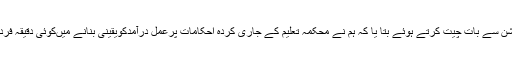
آل پاکستان پرائیویٹ سکولزمینجمٹ ایسوسی ایشن کے چیئرمین ملک شکیل احمدنے ای ڈی اوایجوکیشن سے بات چیت کرتے ہوئے بتا یا کہ ہم نے محکمہ تعلیم کے جاری کردہ احکامات پرعمل درآمدکویقینی بنانے میںکوئی دقیقہ فردگزاشت نہ رکھا ہے اورہماری پوری کوشش ہے کہ کوئی بھی پرائیویٹ تعلیمی ادارہ کھلا نہ رہے۔